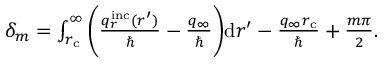
\begin{array} { r } { \delta _ { m } = \int _ { r _ { \mathrm { c } } } ^ { \infty } \bigg ( \frac { q _ { r } ^ { \mathrm { i n c } } ( r ^ { \prime } ) } { \hbar } - \frac { q _ { \infty } } { \hbar } \bigg ) \mathrm { d } r ^ { \prime } - \frac { q _ { \infty } r _ { \mathrm { c } } } { \hbar } + \frac { m \pi } { 2 } . } \end{array}